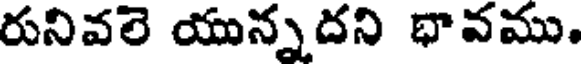
రునివలె యున్నదని భావము.